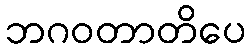
ဘဂဝတာတိပေ